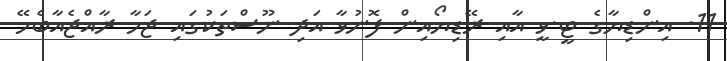
11. އިންޑިޔާގެ ޓީ.ވީ އާއި ރޭޑިޔޯއިން ފޮނުވާ އަދި ނޫސްތަކުގައި ޖަހާ ރާއްޖެއާބެހޭ